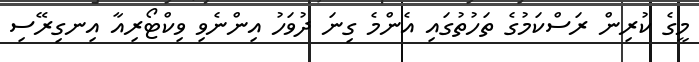
މީގެ ކުރިން ރަސްކަމުގެ ތަހުތުގައި އެންމެ ގިނަ ދުވަހު އިންނެވި ވިކްޓޯރިއާ އިނގިރޭސި